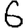
Digit: 6